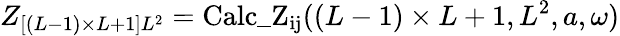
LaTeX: Z_{\left[(L-1)\times L+1\right]L^{2}}=\mathrm{Calc\_ Z_{ij}}((L-1)\times L+1,L^{2},a,\omega)